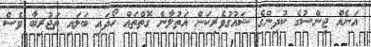
އަނެއް ޖިންސުގެ ކުދިންގެ ޝައުގުވެރިކަން އަތުލާނެ ގޮތްތައް ހޯދައި ބަލައި ތަޖުރިބާ ވެސް